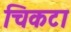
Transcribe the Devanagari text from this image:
चिकटा